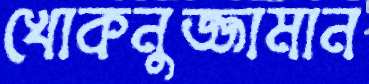
খোকনুজ্জামান